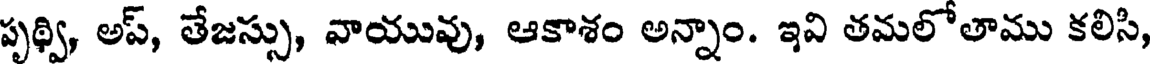
పృథ్వి, అప్, తేజస్సు, వాయువు, ఆకాశం అన్నాం. ఇవి తమలోతాము కలిసి,